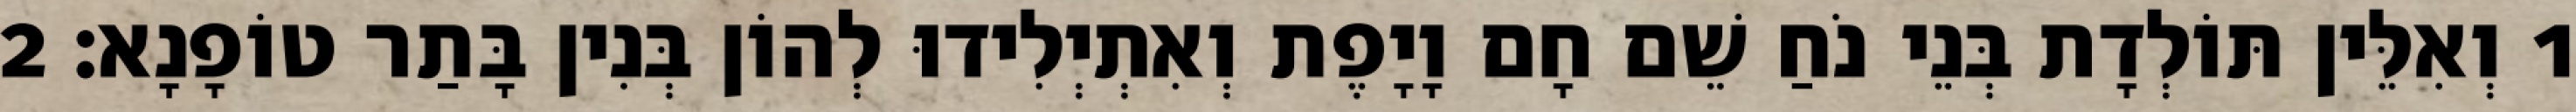
1 וְאִלֵּין תּוֹלְדָת בְּנֵי נֹחַ שֵׁם חָם וָיָפֶת וְאִתְיְלִידוּ לְהוֹן בְּנִין בָּתַר טוֹפָנָא׃ 2